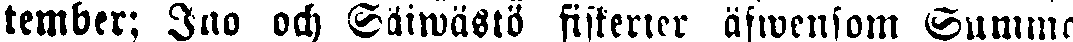
tember: Ino och Säiwästö fiskerter äfwensom Summa